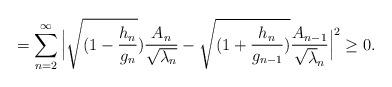
LaTeX: \begin{align*}&=\displaystyle\sum_{n=2}^{\infty}\Big|\sqrt{(1-\frac{h_{n}}{g_{n}}})\frac{A_{n}}{\sqrt{\lambda_{n}}}-\sqrt{(1+\frac{h_{n}}{g_{n-1}})}\frac{A_{n-1}}{\sqrt\lambda_{n}}\Big|^{2}\geq0.\end{align*}